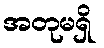
အတုမရှိ